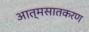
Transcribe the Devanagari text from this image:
आत्मसातकरण